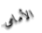
الأمامى